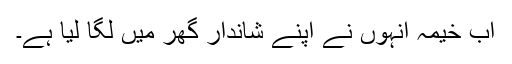
اب خیمہ انہوں نے اپنے شاندار گھر میں لگا لیا ہے۔